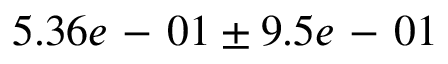
5 . 3 6 e \mathrm { ~ - ~ } 0 1 \pm 9 . 5 e \mathrm { ~ - ~ } 0 1